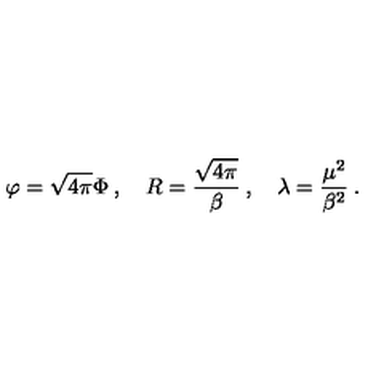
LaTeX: \varphi = \sqrt { 4 \pi } \Phi \: , \quad R = \displaystyle \frac { \sqrt { 4 \pi } } { \beta } \: , \quad \lambda = \displaystyle \frac { \mu ^ { 2 } } { \beta ^ { 2 } } \: .